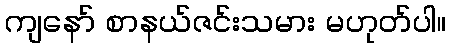
ကျနော် စာနယ်ဇင်းသမား မဟုတ်ပါ။